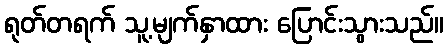
ရုတ်တရက် သူ့မျက်နှာထား ပြောင်းသွားသည်။